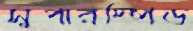
সুপারস্পিড